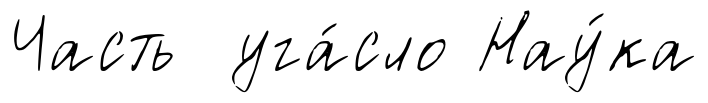
Часть уга́сло Нау́ка